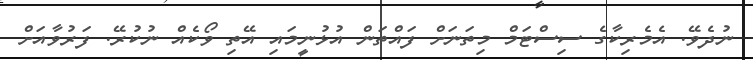
ނުދެވޭ. އެމެރިކާގެ ސިސްޓަމް މިތަނަށް ފައްތަން އުޅުނީމައި އޭތި ވޯކެއް ނުކުރޭ. ފަރުވާއަށް